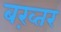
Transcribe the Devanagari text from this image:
बख़्तर